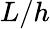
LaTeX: L/h